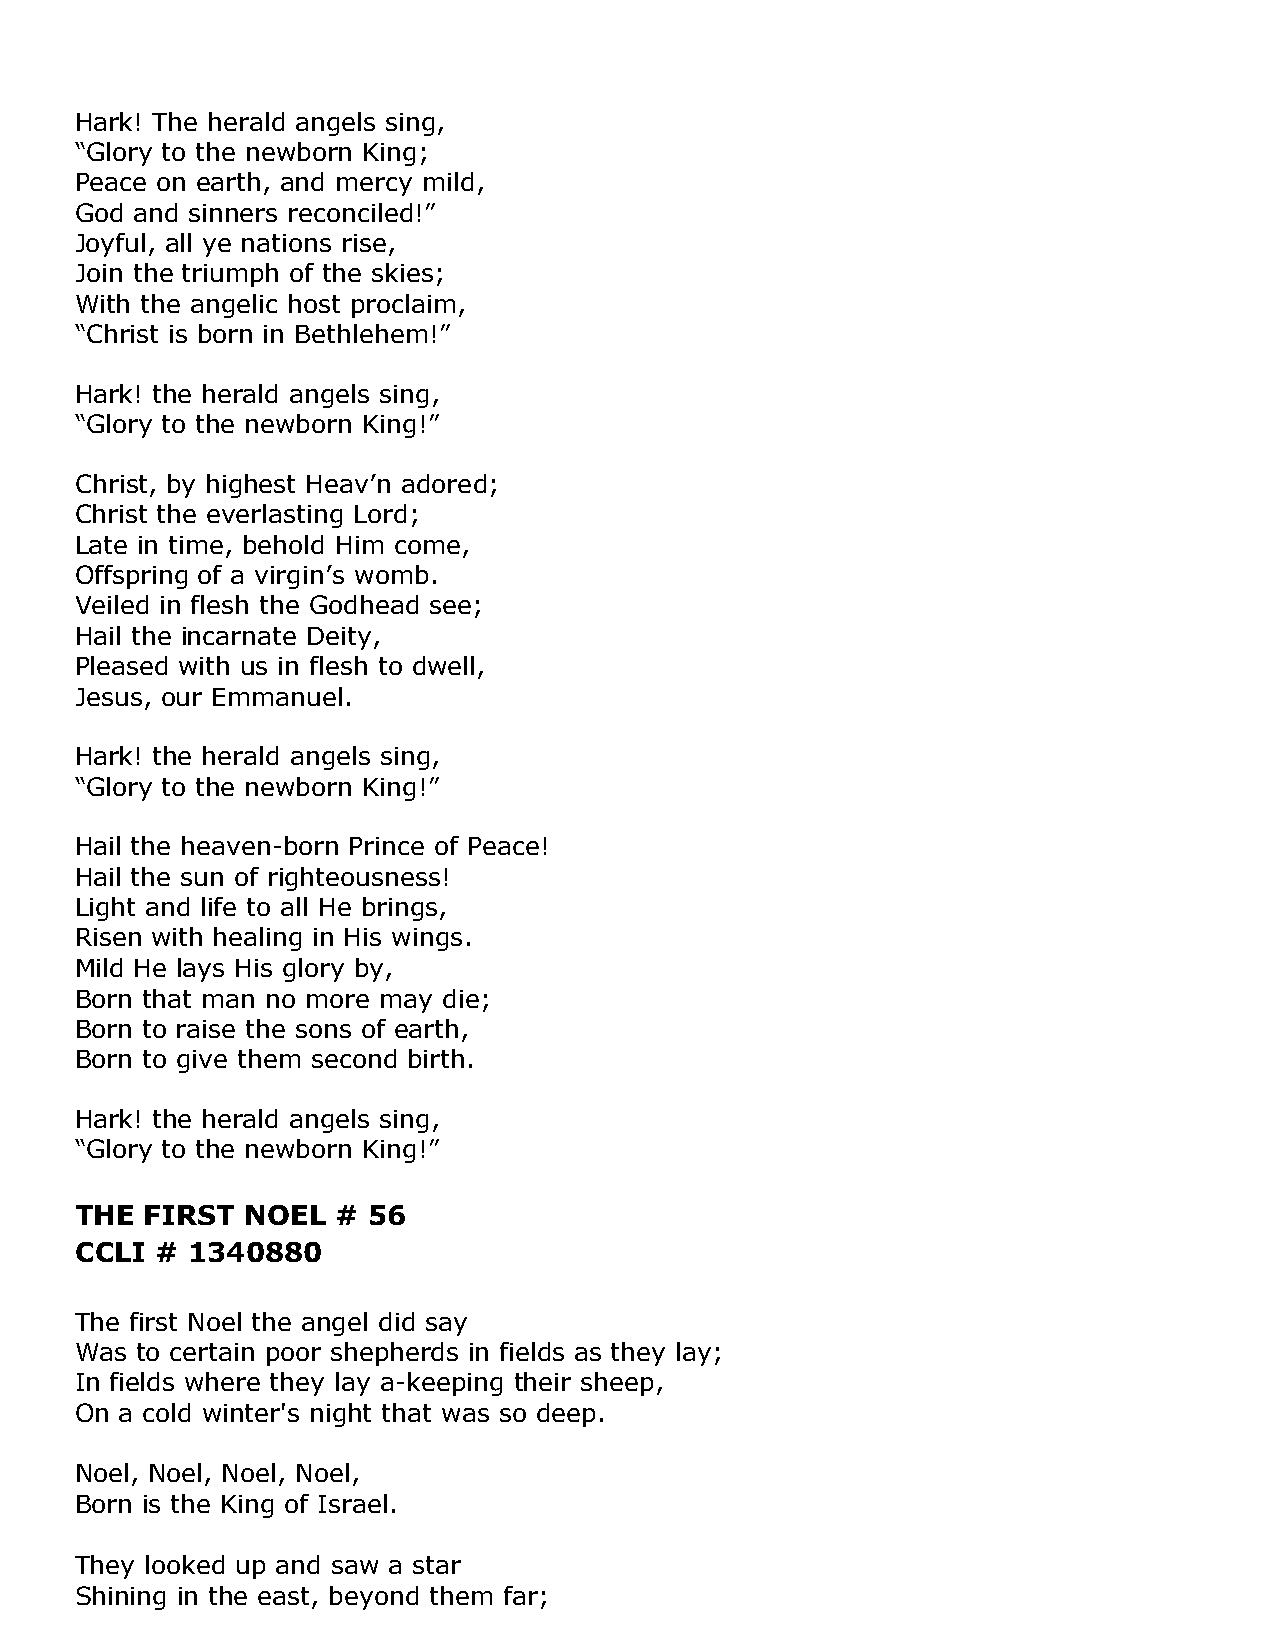
Hark! The herald angels sing,
 “Glory to the newborn King;
 Peace on earth, and mercy mild,
 God and sinners reconciled!”
 Joyful, all ye nations rise,
 Join the triumph of the skies;
 With the angelic host proclaim,
 “Christ is born in Bethlehem!”
 Hark! the herald angels sing,
 “Glory to the newborn King!”
 Christ, by highest Heav’n adored;
 Christ the everlasting Lord;
 Late in time, behold Him come,
 Offspring of a virgin’s womb.
 Veiled in flesh the Godhead see;
 Hail the incarnate Deity,
 Pleased with us in flesh to dwell,
 Jesus, our Emmanuel.
 Hark! the herald angels sing,
 “Glory to the newborn King!”
 Hail the heaven-born Prince of Peace!
 Hail the sun of righteousness!
 Light and life to all He brings,
 Risen with healing in His wings.
 Mild He lays His glory by,
 Born that man no more may die;
 Born to raise the sons of earth,
 Born to give them second birth.
 Hark! the herald angels sing,
 “Glory to the newborn King!”
 THE  FIRST NOEL  # 56
 CCLI # 1340880
 The first Noel the angel did say
 Was to certain poor shepherds in fields as they lay;
 In fields where they lay a-keeping their sheep,
 On a cold winter's night that was so deep.
 Noel, Noel, Noel, Noel,
 Born is the King of Israel.
 They looked up and saw a star
 Shining in the east, beyond them far;